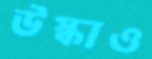
উস্‌কাও